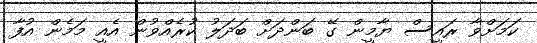
ކަމަށްވާ ރައީސް ޔާމީން ގޭ ބަންދަށް ބަދަލު ކުރެއްވުން އެއީ މަމެން އުފާ